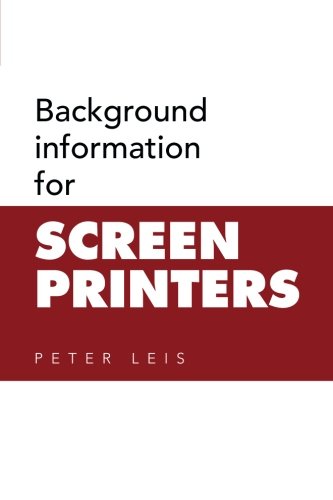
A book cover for Background information for Screen Printers; Peter Leis; Crafts, Hobbies & Home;